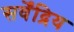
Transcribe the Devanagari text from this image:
सर्वेंद्रिय